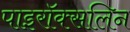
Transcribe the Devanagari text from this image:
पाइरॉक्सलिन